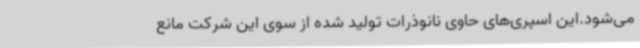
می‌شود.این اسپری‌های حاوی نانوذرات تولید شده از سوی این شرکت مانع